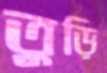
তুড়ি